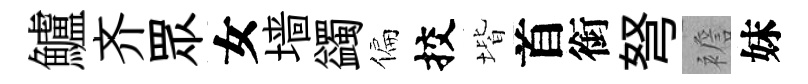
鱸齐眾女墙蠲偏挍堦首銜弩襜妹